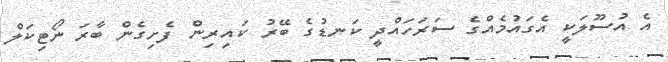
އެ އުސޫލަކީ އެގައުމެއްގެ ސަރަހައްދީ ކަނޑުގެ ބޭރު ކައިރިން ފެށިގެން ބާރަ ނޯޓިކަލް